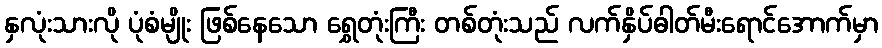
နှလုံးသားလို ပုံစံမျိုး ဖြစ်နေသော ရွှေတုံးကြီး တစ်တုံးသည် လက်နှိပ်ဓါတ်မီးရောင်အောက်မှာ